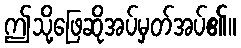
ဤသို့ဖြေဆိုအပ်မှတ်အပ်၏။